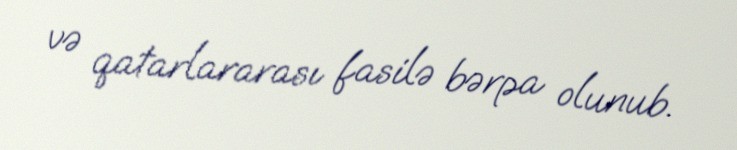
və qatarlararası fasilə bərpa olunub.